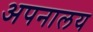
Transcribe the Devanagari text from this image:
अपनालय